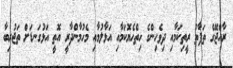
ރާއްޖޭގެ ތަފާތު ރީތިކަމާއި ދިވެހިންގެ ހިތްހެޔޮކަމާއި އަޅާލުމާއި މެހުމާންދާރީ އޮތީ އަޅުގަނޑަށް ތަޖުރިބާ